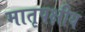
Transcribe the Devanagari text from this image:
मातृपक्षीय